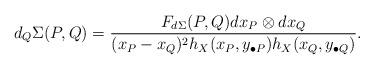
LaTeX: \begin{align*}d_Q\Sigma(P,Q)= \frac{F_{d\Sigma}(P, Q)d x_P \otimes d x_Q}{(x_P-x_Q)^2 h_X(x_{P},y_{\bullet P})h_X(x_{Q},y_{\bullet Q})}.\end{align*}